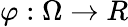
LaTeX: \varphi:\Omega\to R